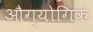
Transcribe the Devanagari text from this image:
औग्योगिक